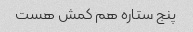
پنج ستاره هم کمش هست